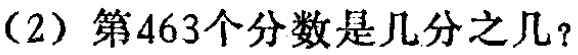
(2) 第463个分数是几分之几？